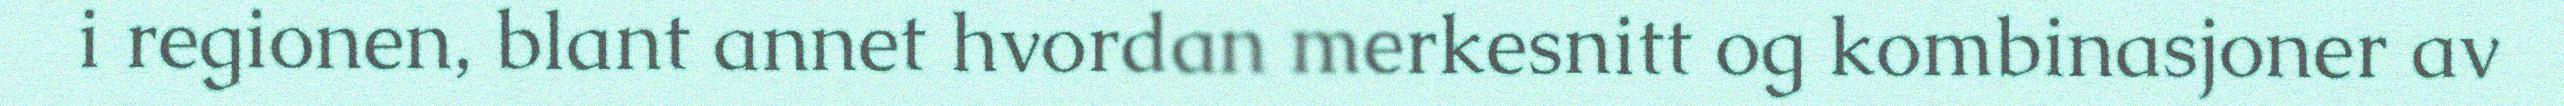
i regionen, blant annet hvordan merkesnitt og kombinasjoner av